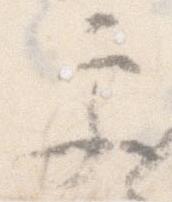
更